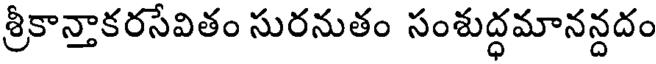
శ్రీకాన్తాకరసేవితం సురనుతం సంశుద్ధమానన్దదం